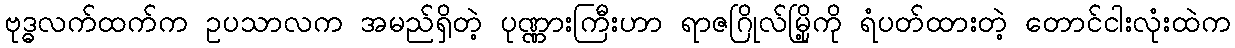
ဗုဒ္ဓလက်ထက်က ဥပသာလက အမည်ရှိတဲ့ ပုဏ္ဏားကြီးဟာ ရာဇဂြိုလ်မြို့ကို ရံပတ်ထားတဲ့ တောင်ငါးလုံးထဲက